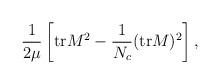
LaTeX: \begin{align*}\frac{1}{2\mu} \left[ {\rm tr} M^2 - \frac{1}{N_c} ({\rm tr}M)^2 \right],\end{align*}